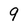
Character: 9